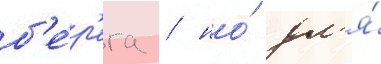
б'е́р'ега / но́ дл'я́